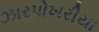
ઝારપોખરીયા